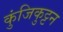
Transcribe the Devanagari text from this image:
कुंजिकुट्टन